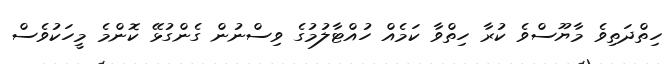
ހިތްދަތިވެ މާޔޫސްވެ ކުރާ ހިތްވާ ކަމެއް ހުއްޓާލުމުގެ ވިސްނުން ގެންގުޅޭ ކޮންމެ މީހަކުވެސް